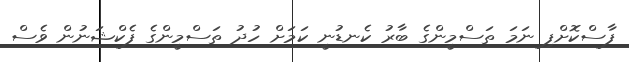
ފާސްކޮށްފި ނަމަ ތަސްމީންގެ ބާރު ކެނޑުނީ ކަމަށް ހުދު ތަސްމީންގެ ފެކްޝަނުން ވެސް